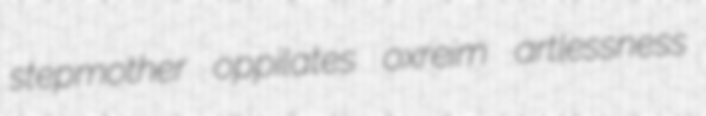
stepmother oppilates oxreim artlessness